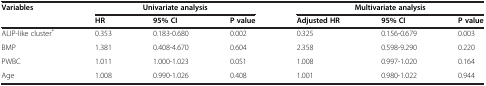
<table><thead><tr><td rowspan="2"><b>Variables</b></td><td colspan="3"><b>Univariate analysis</b></td><td colspan="3"><b>Multivariate analysis</b></td></tr><tr><td><b>HR</b></td><td><b>95% CI</b></td><td><b>P value</b></td><td><b>Adjusted HR</b></td><td><b>95% CI</b></td><td><b>P value</b></td></tr></thead><tbody><tr><td>ALIP-like cluster<sup>*</sup></td><td>0.353</td><td>0.183-0.680</td><td>0.002</td><td>0.325</td><td>0.156-0.679</td><td>0.003</td></tr><tr><td>BMP</td><td>1.381</td><td>0.408-4.670</td><td>0.604</td><td>2.358</td><td>0.598-9.290</td><td>0.220</td></tr><tr><td>PWBC</td><td>1.011</td><td>1.000-1.023</td><td>0.051</td><td>1.008</td><td>0.997-1.020</td><td>0.164</td></tr><tr><td>Age</td><td>1.008</td><td>0.990-1.026</td><td>0.408</td><td>1.001</td><td>0.980-1.022</td><td>0.944</td></tr></tbody></table>